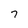
Character: 7